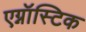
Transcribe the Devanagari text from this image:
एग्नॉस्टिक